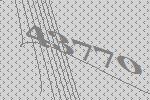
43770